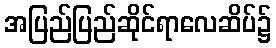
အပြည်ပြည်ဆိုင်ရာလေဆိပ်၌